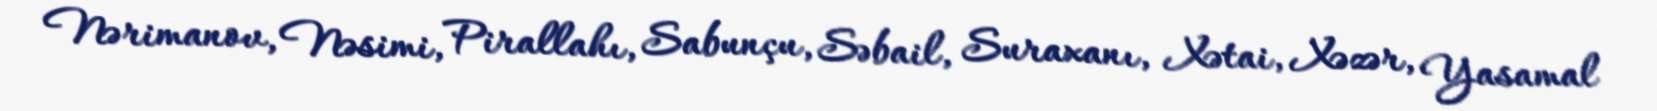
Nərimanov, Nəsimi, Pirallahı, Sabunçu, Səbail, Suraxanı, Xətai, Xəzər, Yasamal